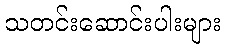
သတင်းဆောင်းပါးများ